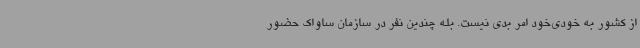
از کشور به خودی‌خود امر بدی نیست. بله چندین نفر در سازمان ساواک حضور